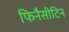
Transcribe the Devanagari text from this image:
फिनैसीटिन